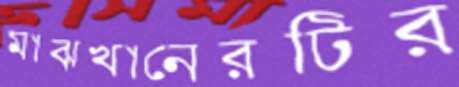
মাঝখানেরটির